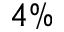
4 \%